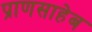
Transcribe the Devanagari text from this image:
प्राणसाहेब